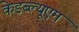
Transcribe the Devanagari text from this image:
केडब्ल्यूएम